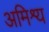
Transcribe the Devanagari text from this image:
अमिश्र्य